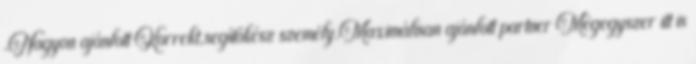
.Nagyon ajánlott Korrekt,segítőkész személy.Maximálisan ajánlott partner Mégegyszer itt is